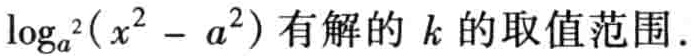
$\log_{a^{2}}(x^{2}-a^{2})$有解的$k$的取值范围.